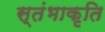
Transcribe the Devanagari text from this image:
स्तंभाकृति